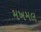
મખમલ